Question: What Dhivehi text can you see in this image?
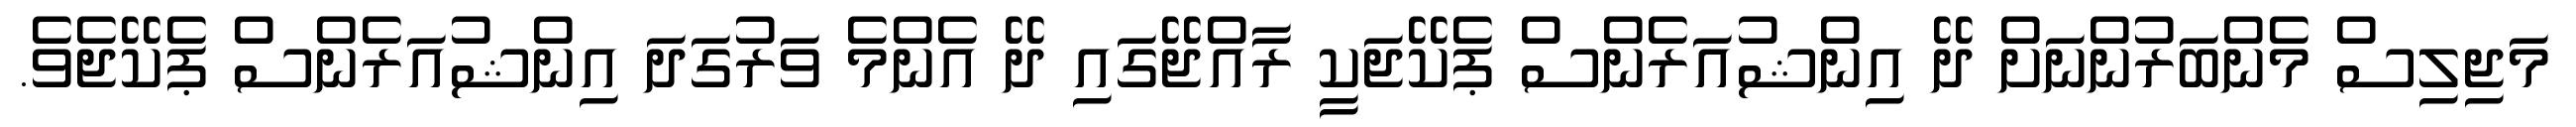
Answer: މަޖިލިސް މެންބަރުންނަށް ދޭ އިންޝުއަރެންސް ޕެކޭޖަކީ ރާއްޖޭގައި ދޭ އެންމެ ވަރުގަދަ އިންޝުއަރެންސް ޕެކޭޖެވެ.